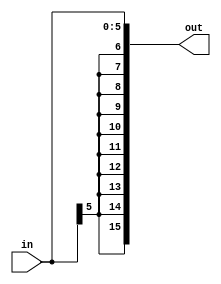
module signExt6to16(in,out);
input [5:0] in;
output[15:0] out;

assign out= {{10{in[5]}},in[5:0]};

endmodule